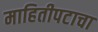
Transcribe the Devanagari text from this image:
माहितीपटाचा